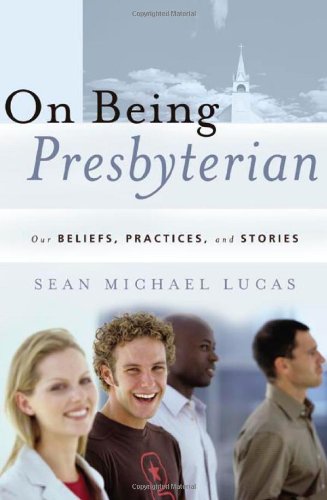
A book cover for On Being Presbyterian: Our Beliefs, Practices, And Stories; Sean Michael Lucas; Christian Books & Bibles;